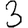
Digit: 3